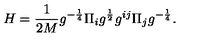
H = \frac { 1 } { 2 M } g ^ { - \frac { 1 } { 4 } } \Pi _ { i } g ^ { \frac { 1 } { 2 } } g ^ { i j } \Pi _ { j } g ^ { - \frac { 1 } { 4 } } .